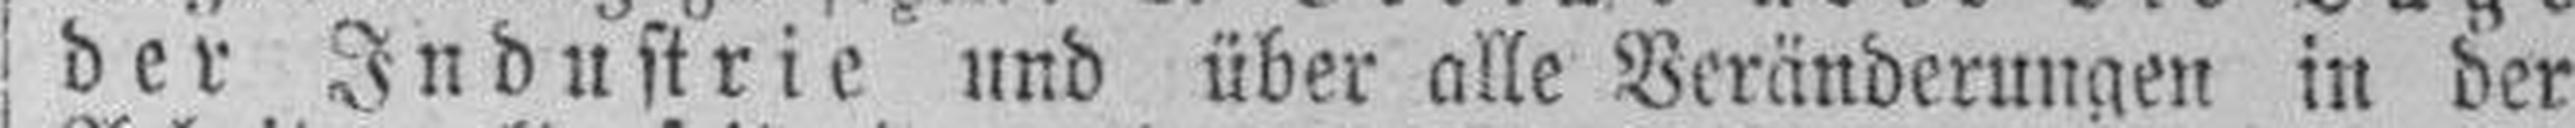
der Industrie und über alle Veränderungen in der